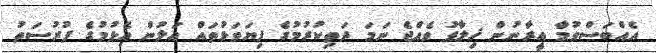
އެއްބަސްވުމާ އީރާނުން ޚިލާފު ވެއްޖެ ނަމަ ދަތިކުރުމުގެ ފިޔަވަޅުތައް އަލުން އެޅުމުގެ ފުރުސަތު